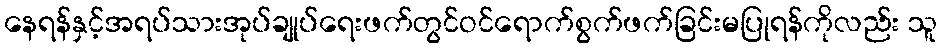
နေရန်နှင့်အရပ်သားအုပ်ချုပ်ရေးဖက်တွင်ဝင်ရောက်စွက်ဖက်ခြင်းမပြုရန်ကိုလည်း သူ